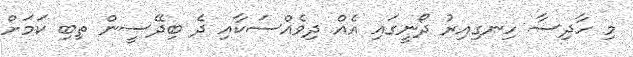
މި ހާދިސާ ހިނގިއިރު ދޯނީގައި އެއް ދިވެއްސަކާއި ދެ ބިދޭސީން ތިބި ކަމަށް